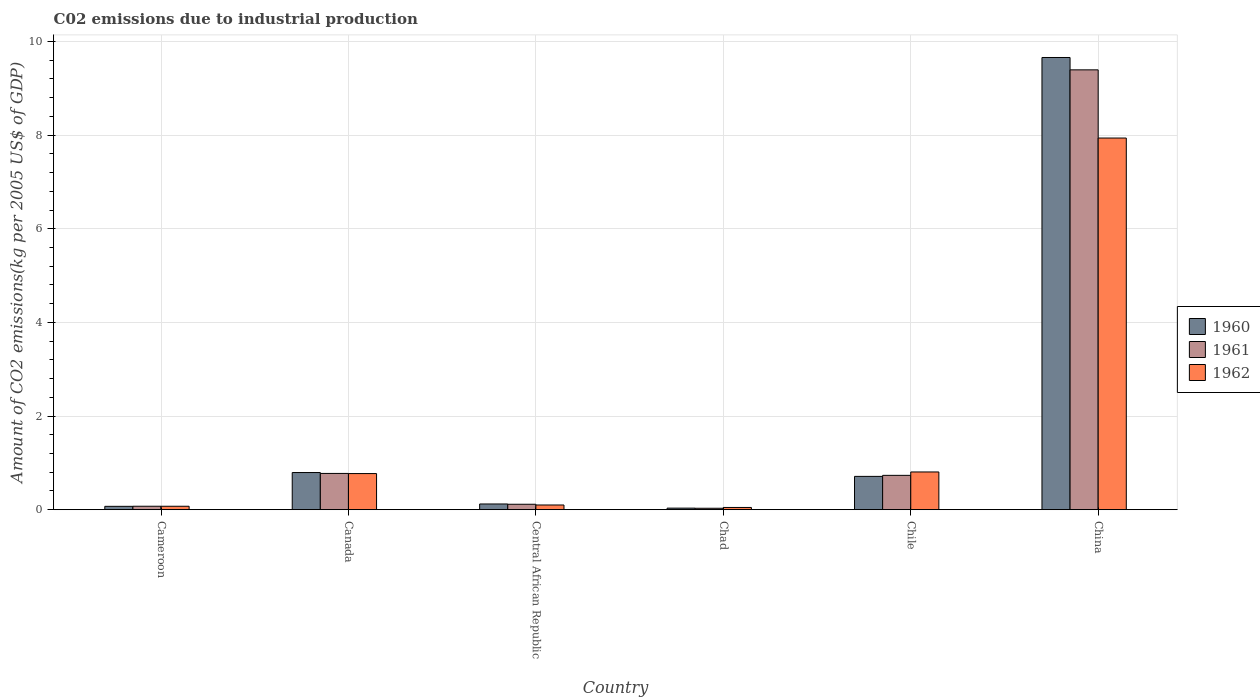
| Country | 1960 | 1961 | 1962 |
 | --- | --- | --- | --- |
 | Cameroon | 0.0718 | 0.0739 | 0.0735 |
 | Canada | 0.794 | 0.774 | 0.771 |
 | Central African Republic | 0.122 | 0.116 | 0.101 |
 | Chad | 0.0333 | 0.0306 | 0.0478 |
 | Chile | 0.711 | 0.734 | 0.806 |
 | China | 9.66 | 9.39 | 7.94 |